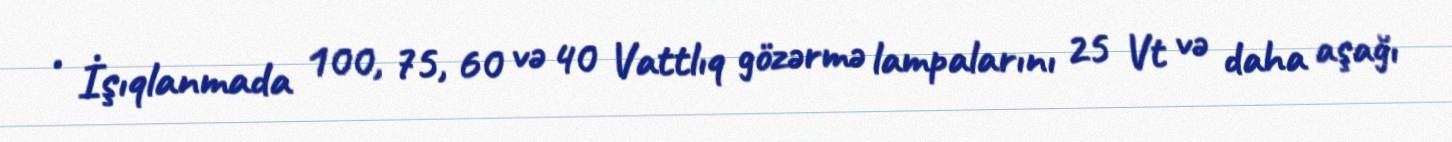
• İşıqlanmada 100, 75, 60 və 40 Vattlıq gözərmə lampalarını 25 Vt və daha aşağı